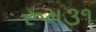
રૂમ૩૧